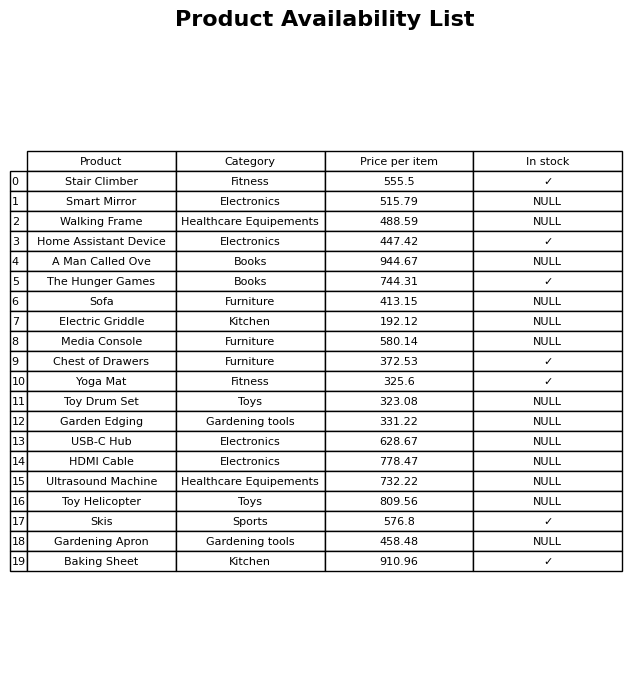
question: What is the price for Ultrasound Machine?
answer: The price of Ultrasound Machine is 732.22.